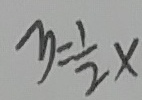
y = \frac { 1 } { 2 } x